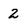
Character: 2